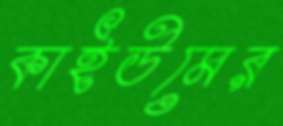
কাইউমের